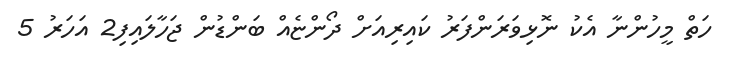
ހަތް މީހުންނާ އެކު ނޮޅިވަރަންފަރު ކައިރިއަށް ދޯންޏެއް ބަންޑުން ޖަހާލައިފި2 އަހަރު 5